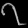
Digit: ၇